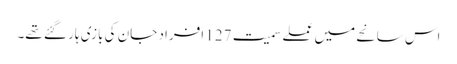
اس سانحے میں عملے سمیت 127 افراد جان کی بازی ہار گئے تھے۔